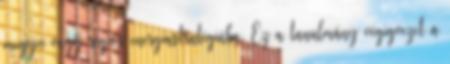
megyei vagy régiós energiastratégiába. Ez a tanulmány végigvezet a